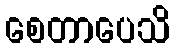
စေတာပေသိ